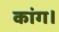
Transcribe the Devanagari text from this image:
कांग।